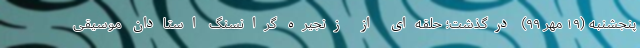
پنجشنبه (۱۹ مهر ۹۹) درگذشت؛ حلقه‌ای از زنجیره گرانسنگ استادان موسیقی